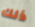
ذلك